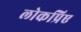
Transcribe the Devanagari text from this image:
लोकप्रिए